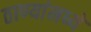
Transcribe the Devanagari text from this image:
ठाण्यांमध्ये